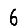
Digit: 6